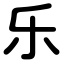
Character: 乐